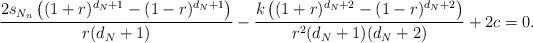
LaTeX: \begin{align*}\frac{2s_{N_n}\left( (1+r)^{d_N+1} - (1-r)^{d_N+1}\right)}{r(d_N+1)} - \frac{k\left( (1+r)^{d_N+2} - (1-r)^{d_N+2}\right)}{r^2(d_N+1)(d_N+2)} + 2c=0.\end{align*}